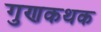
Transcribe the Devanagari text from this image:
गुणकथक